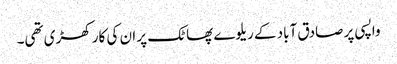
واپسی پر صادق آباد کے ریلوے پھاٹک پر ان کی کار کھڑی تھی۔